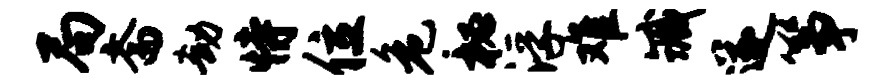
局斋劫恃位危秘浮难臧遂筝